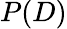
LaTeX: P(D)